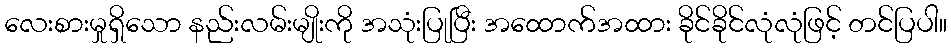
လေးစားမှုရှိသော နည်းလမ်းမျိုးကို အသုံးပြုပြီး အထောက်အထား ခိုင်ခိုင်လုံလုံဖြင့် တင်ပြပါ။